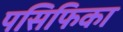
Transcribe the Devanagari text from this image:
पसिफिका